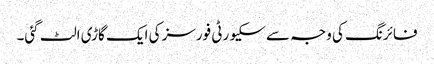
فائرنگ کی وجہ سے سکیورٹی فورسز کی ایک گاڑی الٹ گئی۔